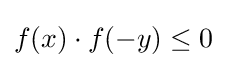
f(x)\cdot f(-y)\leq 0